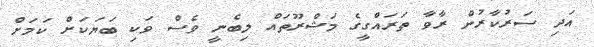
އަދި ސަރުކާރުން ރާވާ ތަރައްގީގެ މަޝްރޫތައް ލިބެނީ ވެސް ވަކި ބަޔަކަށް ކަމަށް